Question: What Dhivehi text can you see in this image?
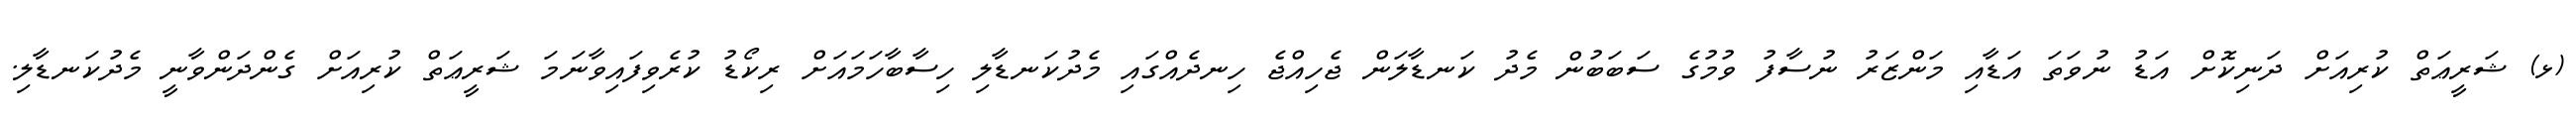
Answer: (ޅ) ޝަރީޢަތް ކުރިއަށް ދަނިކޮށް އަޑު ނުވަތަ އަޑާއި މަންޒަރު ނުސާފު ވުމުގެ ސަބަބުން މެދު ކަނޑާލަން ޖެހިއްޖެ ހިނދެއްގައި މެދުކަނޑާލި ހިސާބާހަމައަށް ރިކޯޑު ކުރެވިފައިވާނަމަ ޝަރީޢަތް ކުރިއަށް ގެންދަންވާނީ މެދުކަނޑާލި.